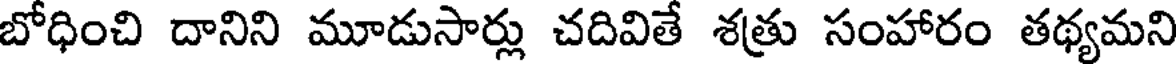
బోధించి దానిని మూడుసార్లు చదివితే శత్రు సంహారం తథ్యమని